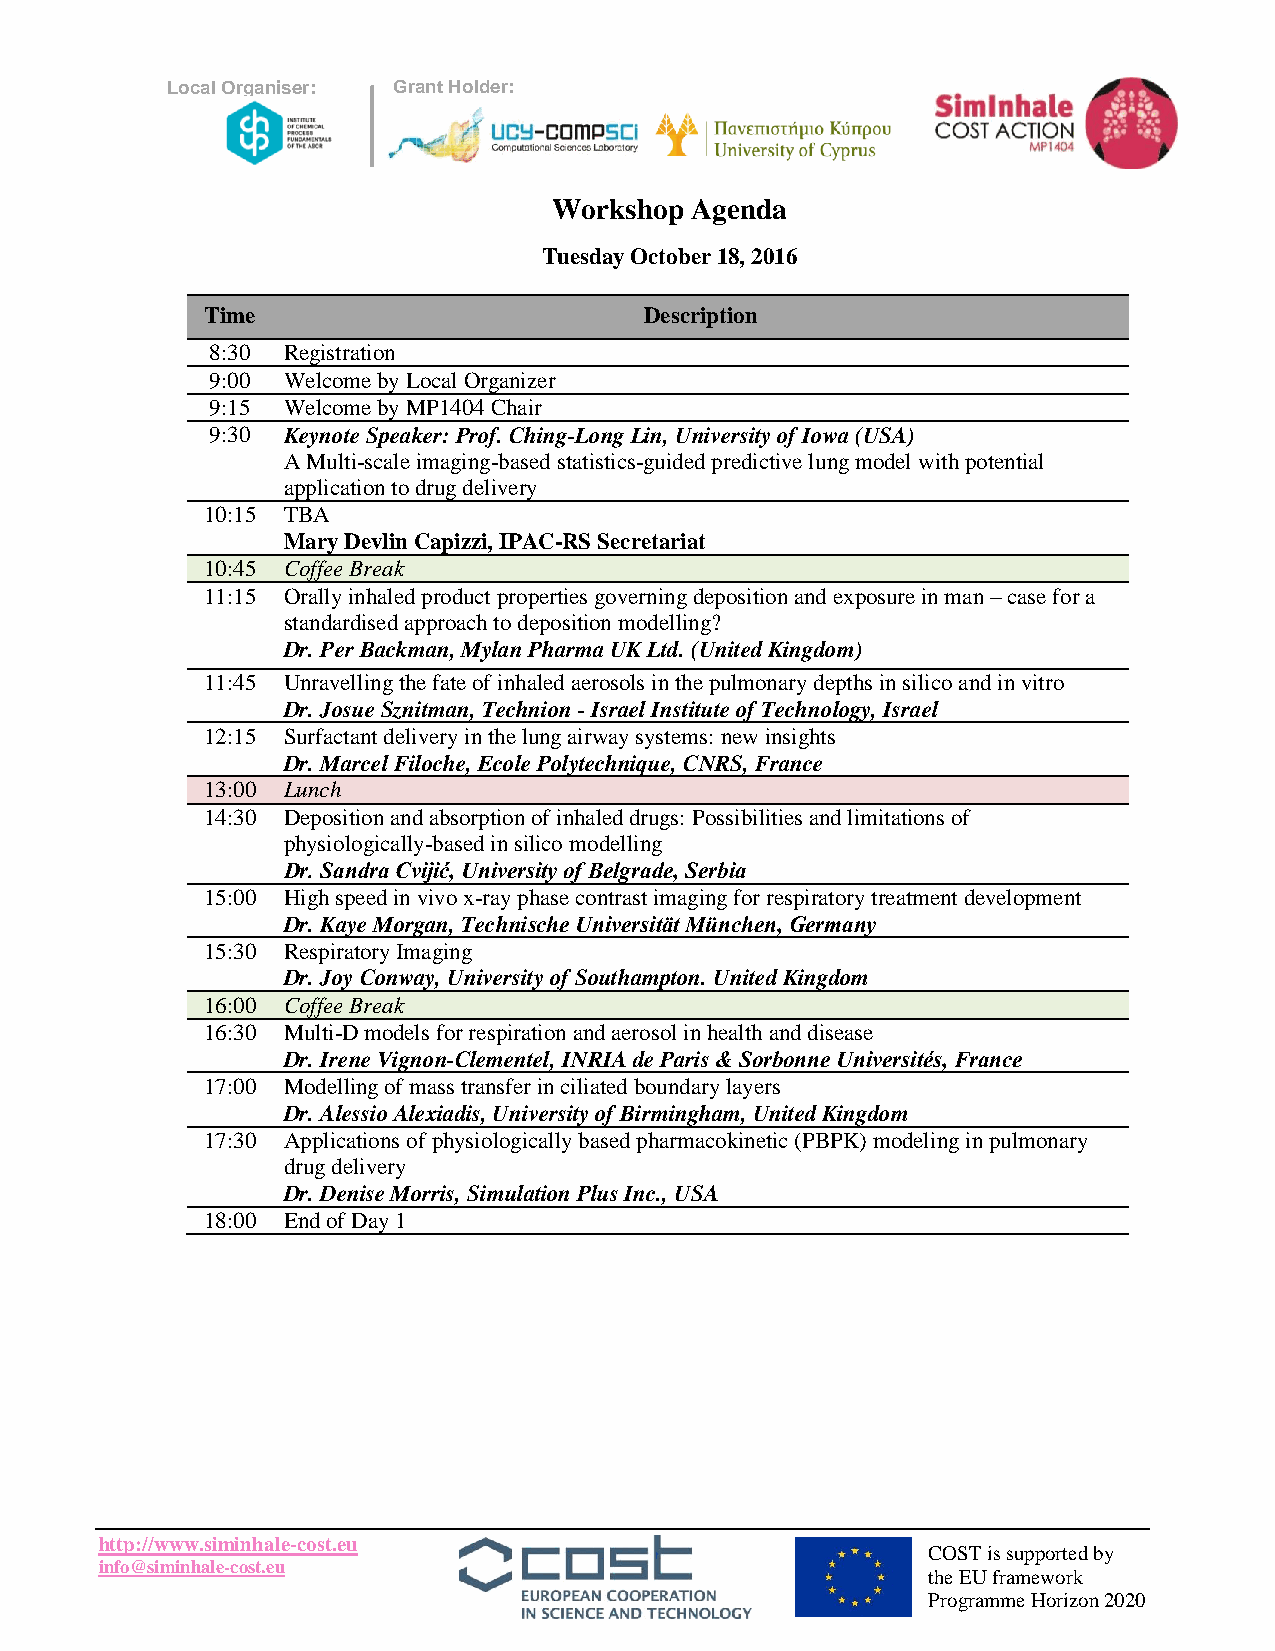
Lo cal Organiser: Grant Holder:
 Workshop Agenda
 Tuesday October 18, 2016
 Time                         Description
 8:30 Registration
 9:00 Welcome by Local Organizer
 9:15 Welcome by MP1404 Chair
 9:30 Keynote Speaker: Prof. Ching-Long Lin, University of Iowa (USA)
 A Multi-scale imaging-based statistics-guided predictive lung model with potential
 application to drug delivery
 10:15 TBA
 Mary Devlin Capizzi, IPAC-RS Secretariat
 10:45 Coffee Break
 11:15 Orally inhaled product properties governing deposition and exposure in man – case for a
 standardised approach to deposition modelling?
 Dr. Per Backman, Mylan Pharma UK Ltd. (United Kingdom)
 11:45 Unravelling the fate of inhaled aerosols in the pulmonary depths in silico and in vitro
 Dr. Josue Sznitman, Technion - Israel Institute of Technology, Israel
 12:15 Surfactant delivery in the lung airway systems: new insights
 Dr. Marcel Filoche, Ecole Polytechnique, CNRS, France
 13:00 Lunch
 14:30 Deposition and absorption of inhaled drugs: Possibilities and limitations of
 physiologically-based in silico modelling
 Dr. Sandra Cvijić, University of Belgrade, Serbia
 15:00 High speed in vivo x-ray phase contrast imaging for respiratory treatment development
 Dr. Kaye Morgan, Technische Universität München, Germany
 15:30 Respiratory Imaging
 Dr. Joy Conway, University of Southampton. United Kingdom
 16:00 Coffee Break
 16:30 Multi-D models for respiration and aerosol in health and disease
 Dr. Irene Vignon-Clementel, INRIA de Paris & Sorbonne Universités, France
 17:00 Modelling of mass transfer in ciliated boundary layers
 Dr. Alessio Alexiadis, University of Birmingham, United Kingdom
 17:30 Applications of physiologically based pharmacokinetic (PBPK) modeling in pulmonary
 drug delivery
 Dr. Denise Morris, Simulation Plus Inc., USA
 18:00 End of Day 1
 http://www.siminhale-cost.eu
 COST is supported by
 info@siminhale-cost.eu
 the EU framework
 Programme Horizon 2020